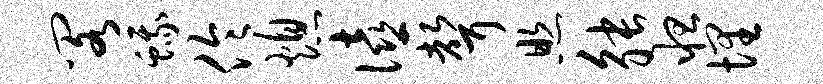
阁蛾伶熄僖声照觖怛埋